Scottish Certificate of Education, 1963
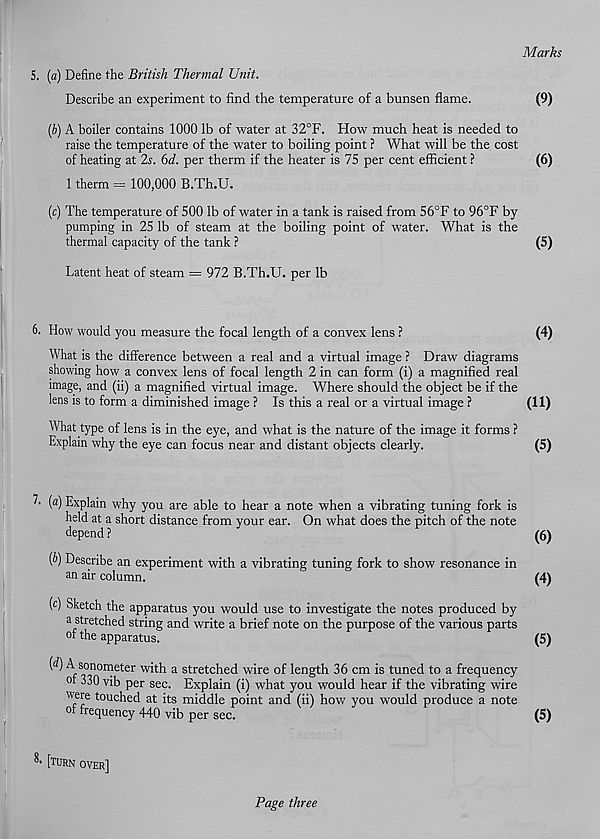
Marks
5. [a) Define the British Thermal Unit.
Describe an experiment to find the temperature of a bunsen flame.
(9)
(6) A boiler contains 1000 lb of water at 32°F. How much heat is needed to
raise the temperature of the water to boiling point ? What will be the cost
of heating at 2s. 6d. per therm if the heater is 75 per cent efficient ?
(6)
1 therm §§ 100,000 B.Th.U.
(c) The temperature of 500 lb of water in a tank is raised from 56°F to 96°F by
pumping in 25 lb of steam at the boiling point of water. What is the
thermal capacity of the tank ?
(5)
Latent heat of steam = 972 B.Th.U. per lb
6. How would you measure the focal length of a convex lens ?
(4)
What is the difference between a real and a virtual image ? Draw diagrams
showing how a convex lens of focal length 2 in can form (i) a magnified real
image, and (ii) a magnified virtual image. Where should the object be if the
lens is to form a diminished image ? Is this a real or a virtual image ?
(11)
What type of lens is in the eye, and what is the nature of the image it forms ?
Explain why the eye can focus near and distant objects clearly.
(5)
I- (a) Explain why you are able to hear a note when a vibrating tuning fork is
held at a short distance from your ear. On what does the pitch of the note
depend ?
(6)
(6) Describe an experiment with a vibrating tuning fork to show resonance in
an air column.
(4)
(c) Sketch the apparatus you would use to investigate the notes produced by
a stretched string and write a brief note on the purpose of the various parts
of the apparatus.
(5)
(d) A sonometer with a stretched wire of length 36 cm is tuned to a frequency
ot 330 vib per sec. Explain (i) what you would hear if the vibrating wire
were touched at its middle point and (ii) how you would produce a note
of frequency 440 vib per sec.
(5)
[turn over]
Page three